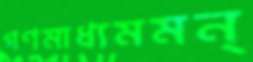
গণমাধ্যমমন্